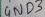
Text: GND3